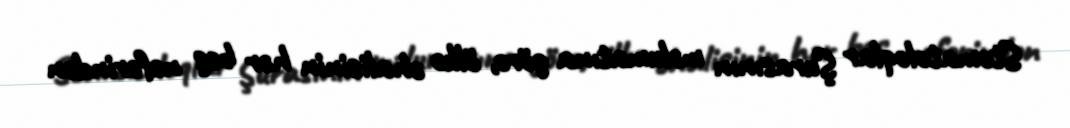
Stomatoloqlar Şurasının məlumatına görə, ölkə əhalisinin hər beş nəfərindən